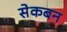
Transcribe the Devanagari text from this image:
सेकबन